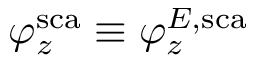
\varphi _ { z } ^ { \mathrm { s c a } } \equiv \varphi _ { z } ^ { E , \mathrm { s c a } }